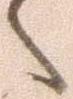
々